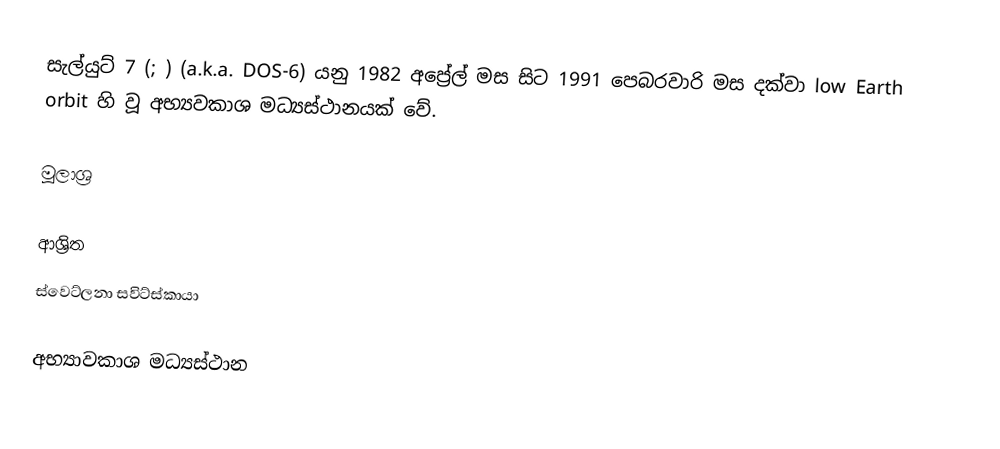
සැල්යුට් 7 (; ) (a.k.a. DOS-6) යනු 1982 අප්‍රේල් මස සිට 1991 පෙබරවාරි මස දක්වා low Earth orbit හි වූ අභ්‍යවකාශ මධ්‍යස්ථානයක් වේ.

මූලාශ්‍ර

ආශ්‍රිත
 ස්වෙට්ලනා සවිට්ස්කායා

අභ්‍යාවකාශ මධ්‍යස්ථාන